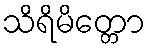
သိရိမိတ္တော